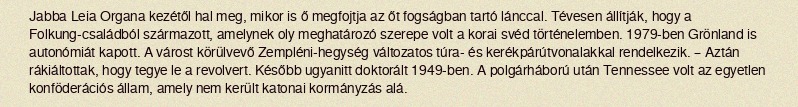
Jabba Leia Organa kezétől hal meg, mikor is ő megfojtja az őt fogságban tartó lánccal. Tévesen állítják, hogy a Folkung-családból származott, amelynek oly meghatározó szerepe volt a korai svéd történelemben. 1979-ben Grönland is autonómiát kapott. A várost körülvevő Zempléni-hegység változatos túra- és kerékpárútvonalakkal rendelkezik. – Aztán rákiáltottak, hogy tegye le a revolvert. Később ugyanitt doktorált 1949-ben. A polgárháború után Tennessee volt az egyetlen konföderációs állam, amely nem került katonai kormányzás alá.